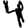
Digit: 4